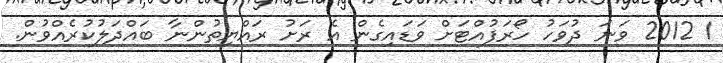
1 2012 ވަނަ ދުވަހު ހޯރަފުއްޓަށް ވަޑައިގެން އެ ރަށު ރައްޔިތުންނާ ބައްދަލުުކުރެއްވުން.